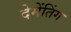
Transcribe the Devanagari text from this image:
देमेंतिंग